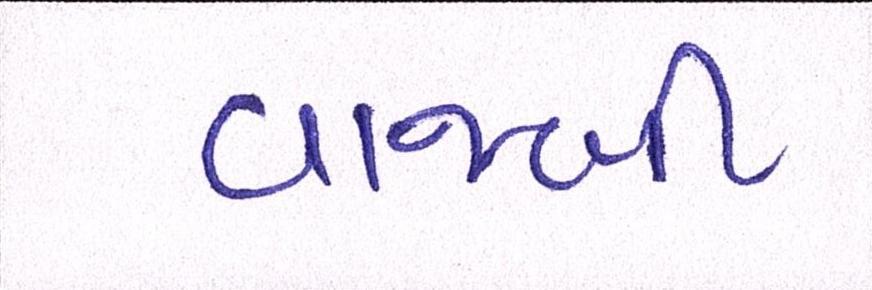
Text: વાજબી